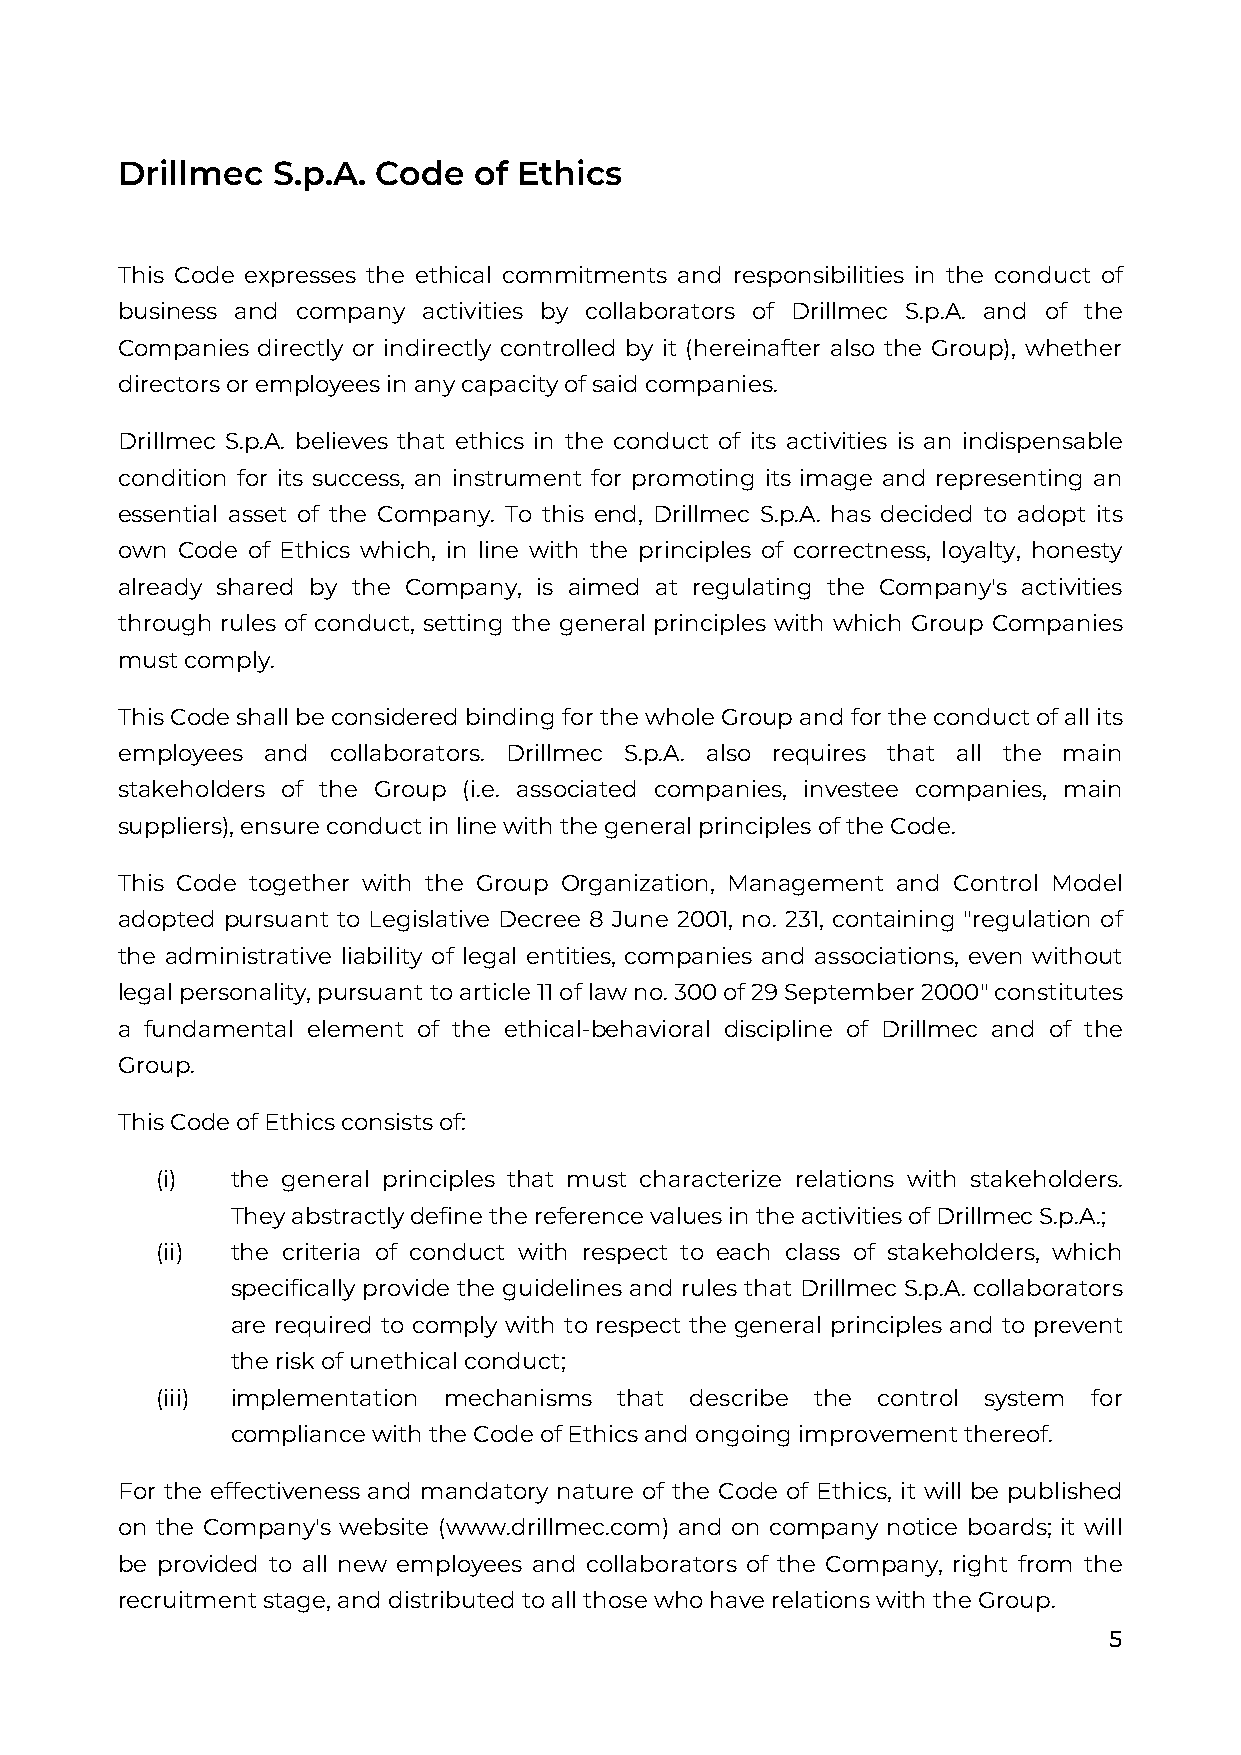
Drillmec  S.p.A. Code  of Ethics
 This Code expresses the ethical commitments and responsibilities in the conduct of
 business and company activities by collaborators of Drillmec S.p.A. and of the
 Companies directly or indirectly controlled by it (hereinafter also the Group), whether
 directors or employees in any capacity of said companies.
 Drillmec S.p.A. believes that ethics in the conduct of its activities is an indispensable
 condition for its success, an instrument for promoting its image and representing an
 essential asset of the Company. To this end, Drillmec S.p.A. has decided to adopt its
 own Code of Ethics which, in line with the principles of correctness, loyalty, honesty
 already shared by the Company, is aimed at regulating the Company's activities
 through rules of conduct, setting the general principles with which Group Companies
 must comply.
 This Code shall be considered binding for the whole Group and for the conduct of all its
 employees and collaborators. Drillmec S.p.A. also requires that all the main
 stakeholders of the Group (i.e. associated companies, investee companies, main
 suppliers), ensure conduct in line with the general principles of the Code.
 This Code together with the Group Organization, Management and Control Model
 adopted pursuant to Legislative Decree 8 June 2001, no. 231, containing "regulation of
 the administrative liability of legal entities, companies and associations, even without
 legal personality, pursuant to article 11 of law no. 300 of 29 September 2000" constitutes
 a fundamental element of the ethical-behavioral discipline of Drillmec and of the
 Group.
 This Code of Ethics consists of:
 (i)  the general principles that must characterize relations with stakeholders.
 They abstractly define the reference values in the activities of Drillmec S.p.A.;
 (ii) the criteria of conduct with respect to each class of stakeholders, which
 specifically provide the guidelines and rules that Drillmec S.p.A. collaborators
 are required to comply with to respect the general principles and to prevent
 the risk of unethical conduct;
 (iii) implementation mechanisms that describe the control system for
 compliance with the Code of Ethics and ongoing improvement thereof.
 For the effectiveness and mandatory nature of the Code of Ethics, it will be published
 on the Company's website (www.drillmec.com) and on company notice boards; it will
 be provided to all new employees and collaborators of the Company, right from the
 recruitment stage, and distributed to all those who have relations with the Group.
 5